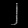
Digit: ၂